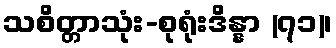
သစိတ္တာသုံး-စုရုံးဒိန္နာ (၇၁)၊